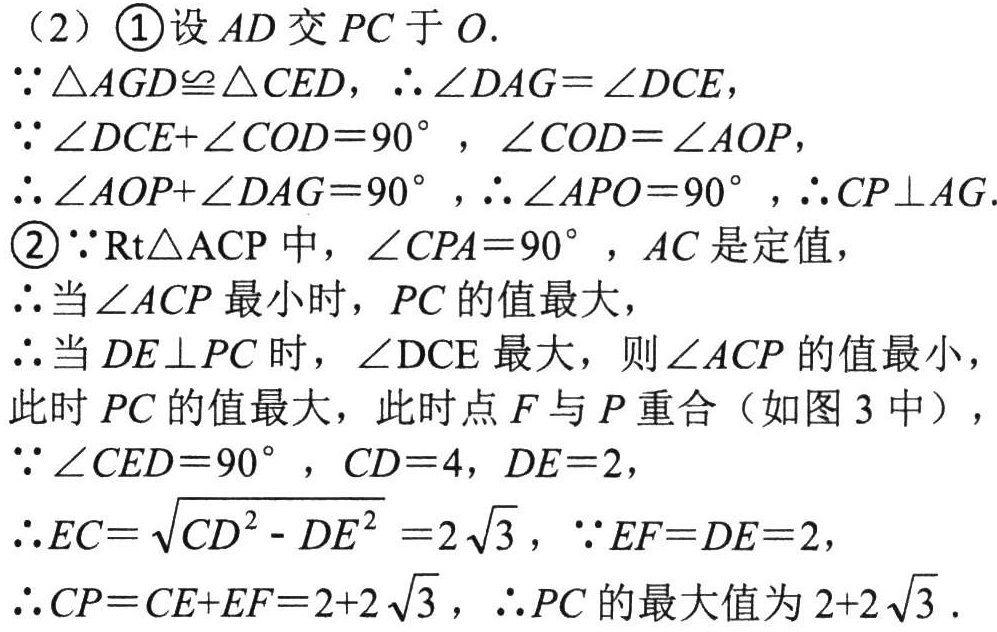
（2）\textcircled{1}设$AD$交$PC$于$O$.
$\because\triangle AGD\cong\triangle CED$，$\therefore\angle DAG = \angle DCE$，
$\because\angle DCE+\angle COD = 90^{\circ}$，$\angle COD=\angle AOP$，
$\therefore\angle AOP+\angle DAG = 90^{\circ}$，$\therefore\angle APO = 90^{\circ}$，$\therefore CP\perp AG$.
\textcircled{2}$\because\text{Rt}\triangle\text{ACP}$中，$\angle CPA = 90^{\circ}$，$AC$是定值，
$\therefore$当$\angle ACP$最小时，$PC$的值最大，
$\therefore$当$DE\perp PC$时，$\angle\text{DCE}$最大，则$\angle ACP$的值最小，
此时$PC$的值最大，此时点$F$与$P$重合（如图3中），
$\because\angle CED = 90^{\circ}$，$CD = 4$，$DE = 2$，
$\therefore EC=\sqrt{CD^{2}-DE^{2}} = 2\sqrt{3}$，$\because EF = DE = 2$，
$\therefore CP=CE + EF=2 + 2\sqrt{3}$，$\therefore PC$的最大值为$2 + 2\sqrt{3}$.